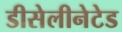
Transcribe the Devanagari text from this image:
डीसेलीनेटेड